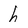
Character: h